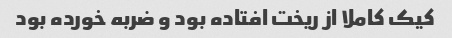
کیک کاملا از ریخت افتاده بود و ضربه خورده بود